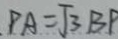
P A = \sqrt { 3 } B P